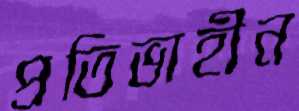
প্রতিভাহীন